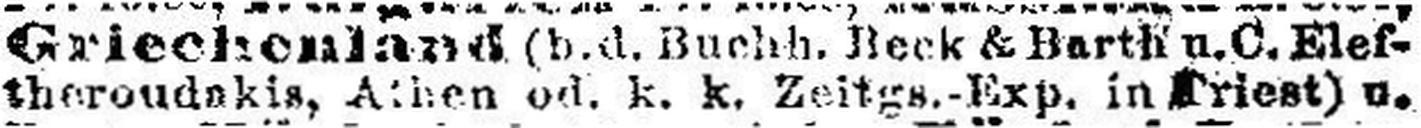
theroudakis, Athen od. k. k. Zeitgs.-Exp. in Kriest) u.